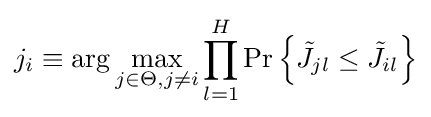
j_{i}\equiv \arg \max _{j\in \Theta ,j\neq i}\prod _{l=1}^{H}{\Pr \left\{{\tilde {J}}_{jl}\leq {\tilde {J}}_{il}\right\}}